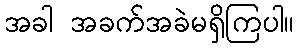
အခါ အခက်အခဲမရှိကြပါ။